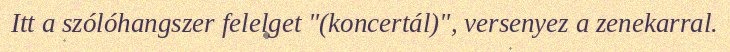
Itt a szólóhangszer felelget "(koncertál)", versenyez a zenekarral.